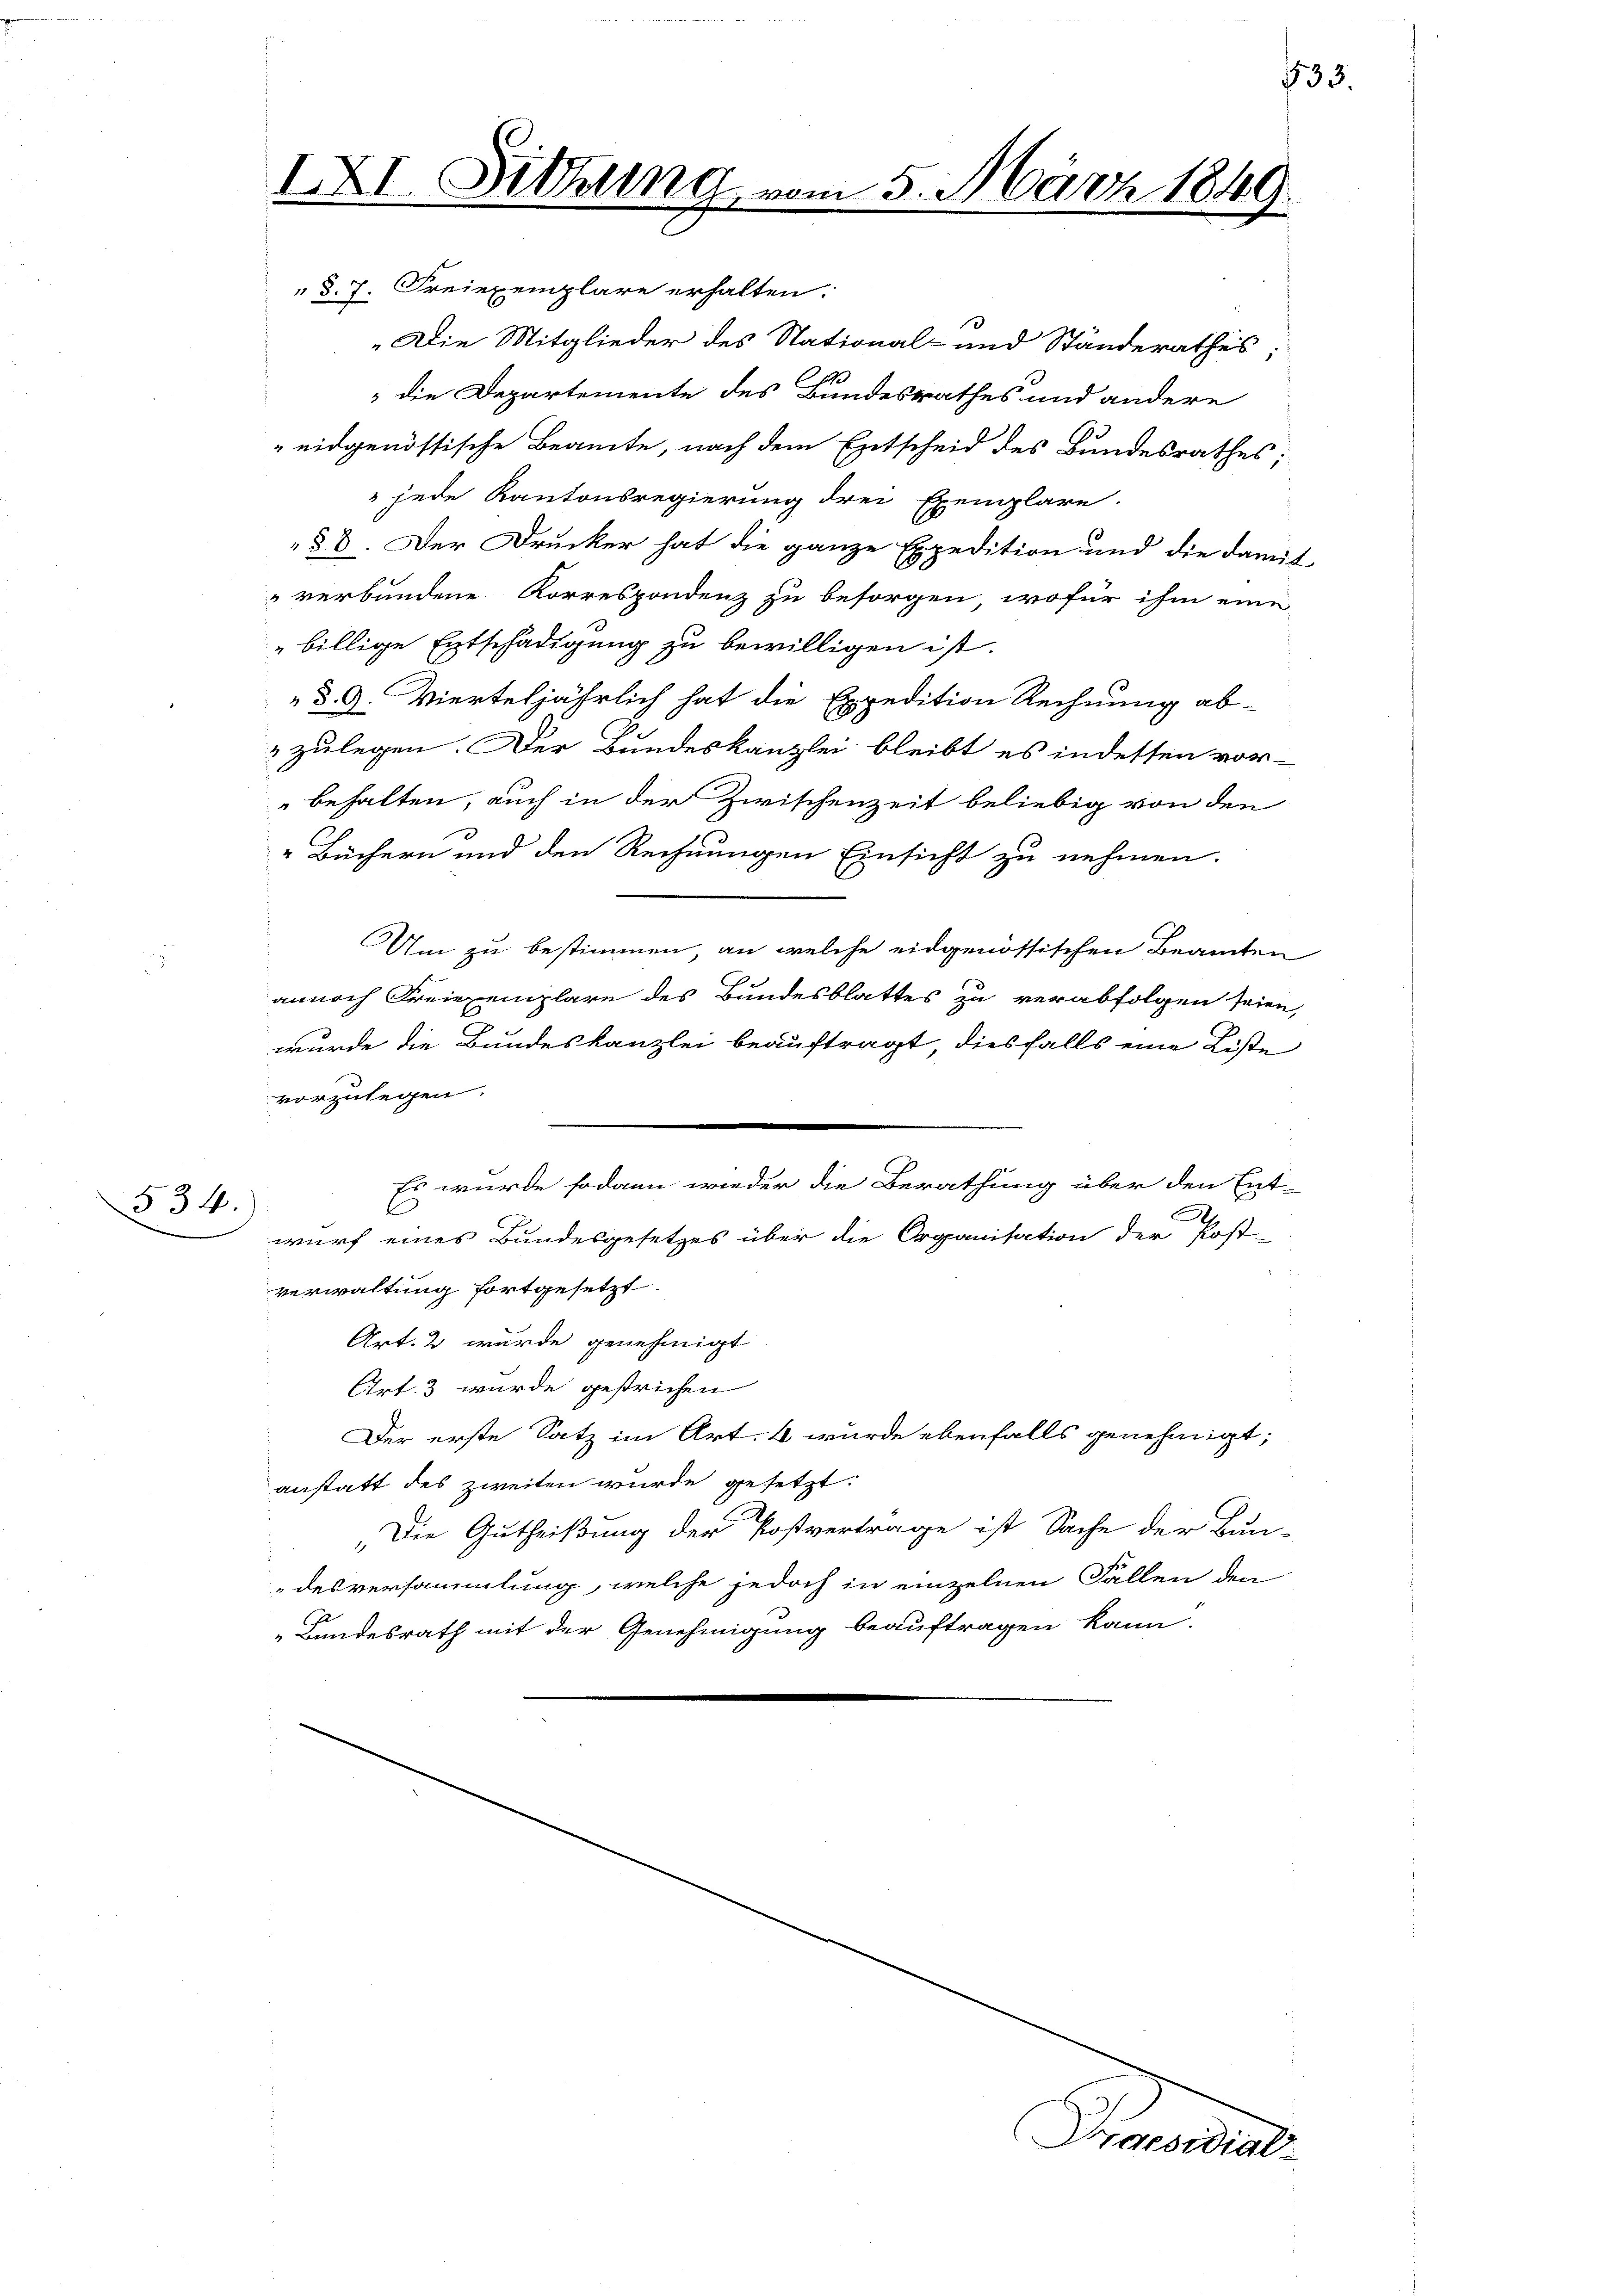
§ 34.

„Die Mitglieder des National- und Ständerathes;
 die Departemente des Bundesrathes und andere
 eidgenössische Beamte, nach dem Entscheid des Bundesrathes;
 jede Kantonsregierung drei Exemplare.
§8. Der Drucker hat die ganze Expedition und die damit
" verbundene Korrespondenz zu besorgen, wofür ihm eine
billige Entschädigung zu bewilligen ist.
§. 9. Vierteljährlich hat die Expedition Rechnung ab-
2 zulegen. Der Bundeskanzlei bleibt es indessen vor-
behalten, auch in der Zwischenzeit beliebig von den
 Büchern und den Rechnungen Einsicht zu nehmen.
Um zu bestimmen, an welche eidgenössischen Beamten
annoch Freie emplare des Bundesblattes zu verabfolgen seien,
wurde die Bundeskanzlei beauftragt, diesfalls eine Liste
vorzulegen.
Es wurde sodann wieder die Berathung über den Ent-
.
wurf eines Bundesgesetzes über die Organisation der Post-
verwaltung fortgesetzt
Art. 2 wurde genehmigt
Art. 3 wurde gestrichen
Der erste Satz im Art. 4 wurde ebenfalls genehmigt;
anstatt des zweiten wurde gesetzt:
„Die Gutheißung der Postvertrage ist Sache der Bun-
desversammlung, welche jedoch in einzelnen Fallen den
„Bundesrath mit der Genehmigung beauftragen kann.

IXI. Sitzung
 §. 7. Freiexemplare erhalten.

vom 5. März 1849.

533.

Praesidial